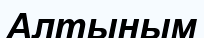
Алтыным